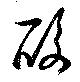
酸